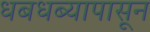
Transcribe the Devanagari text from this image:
धबधब्यापासून